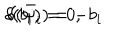
\delta ( b _ { i } ) = 0 , \hspace { 1 c m } \delta ( \bar { \psi } _ { i } ) = - b _ { i }